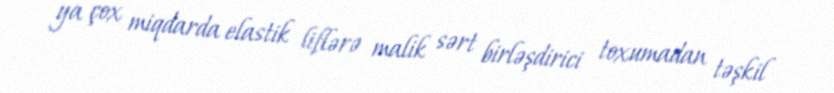
ya çox miqdarda elastik liflərə malik sərt birləşdirici toxumadan təşkil